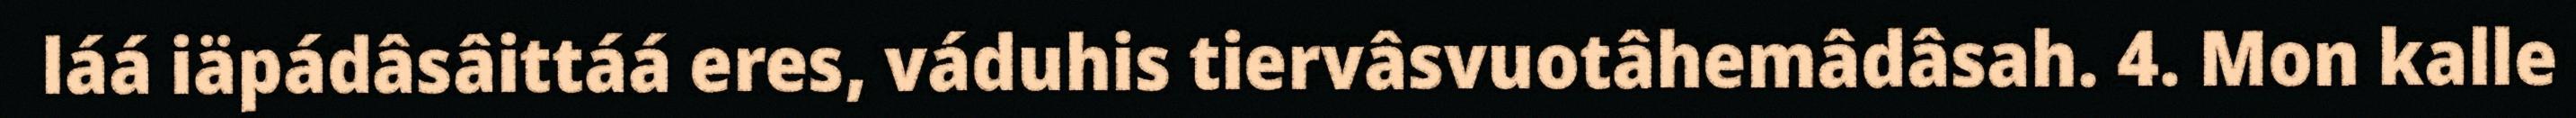
láá iäpádâsâittáá eres, váduhis tiervâsvuotâhemâdâsah. 4. Mon kalle